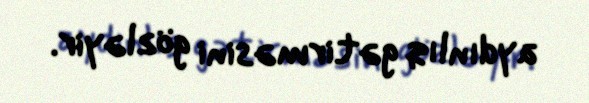
aydınlıq gətirməsini gözləyir.